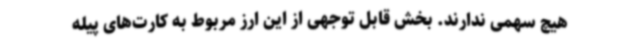
هیچ سهمی ندارند. بخش قابل توجهی از این ارز مربوط به کارت‌های پیله